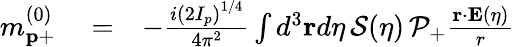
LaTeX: \begin{array}{rlr}{m_{\mathbf{p}+}^{(0)}}&{{}=}&{-\frac{i\left(2I_{p}\right)^{1/4}}{4\pi^{2}}\int d^{3}\mathbf{r}d\eta\, {\cal S}(\eta)\, {\cal P}_{+}\frac{\mathbf{r}\cdot\mathbf{E}(\eta)}{r}}\end{array}